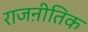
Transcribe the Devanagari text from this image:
राजऩीतिक